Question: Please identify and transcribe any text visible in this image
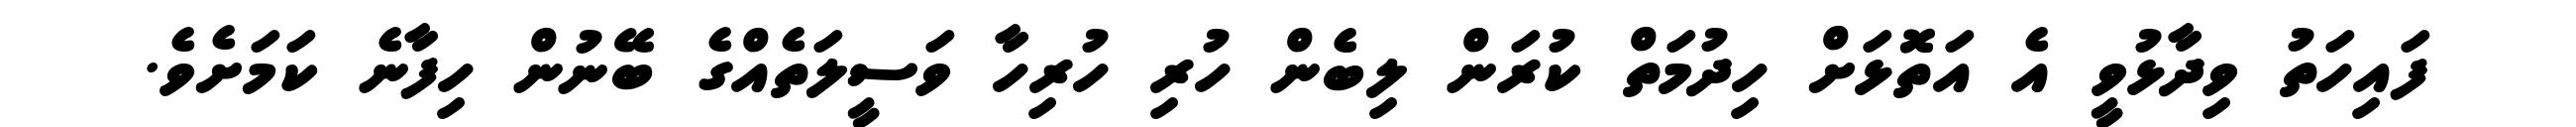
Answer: ފައިހަތު ވިދާޅުވީ އެ އަތޮޅަށް ހިދުމަތް ކުރަން ލިބެން ހުރި ހުރިހާ ވަސީލަތެއްގެ ބޭނުން ހިފާނެ ކަމަށެވެ.